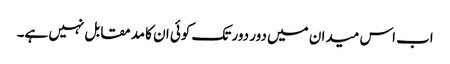
اب اس میدان میں دور دور تک کوئی ان کا مدمقابل نہیں ہے۔